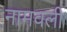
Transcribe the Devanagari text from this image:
नामवली